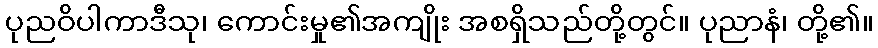
ပုညဝိပါကာဒီသု၊ ကောင်းမှု၏အကျိုး အစရှိသည်တို့တွင်။ ပုညာနံ၊ တို့၏။